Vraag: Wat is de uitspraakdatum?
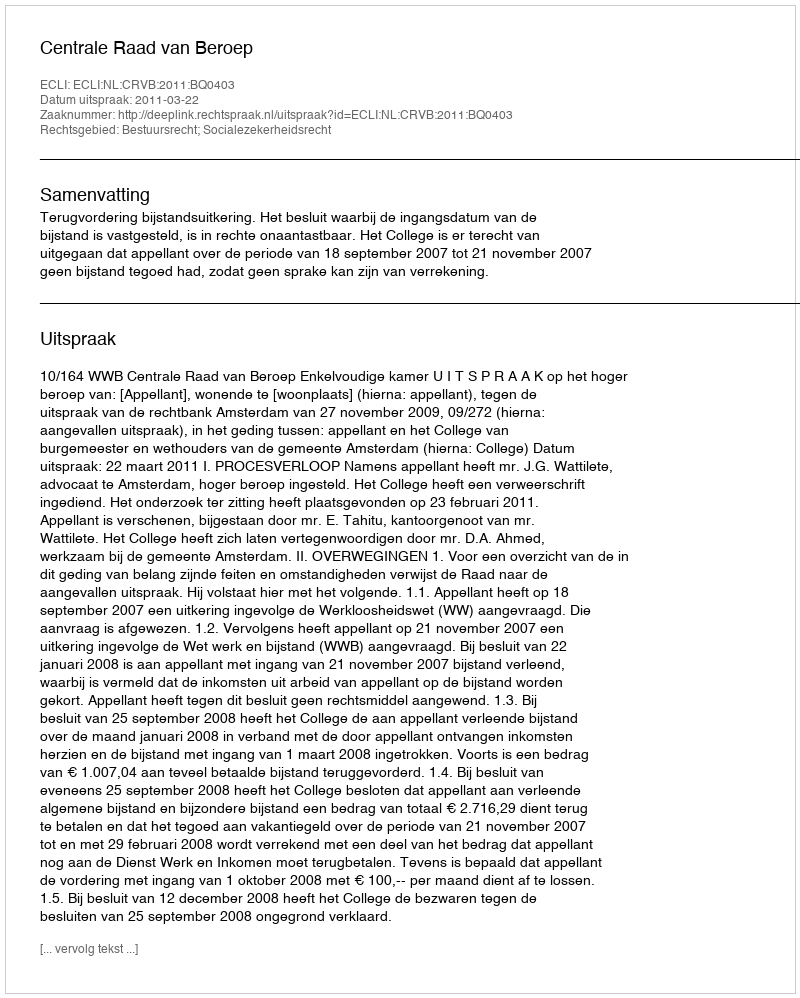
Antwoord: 2011-03-22